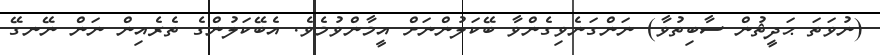
(ނުވަތަ ޙަދީޘުން ސާބިތުވާ) ނަންގަނެވިގެންވާ ބޭކަލުންނަށް އީމާންވުމެވެ. އެބޭކަލުންގެ ތެރެއިން ނަން ނޭނގޭ